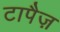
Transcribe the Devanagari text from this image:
टापैज़